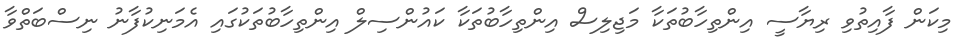
މިކަން ފާއިތުވި ރިޔާސީ އިންތިހާބުތަކާ މަޖިލިސް އިންތިހާބުތަކާ ކައުންސިލް އިންތިހާބުތަކުގައި އެމަނިކުފާނު ނިސްބަތްވާ